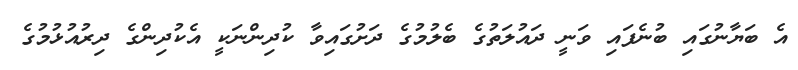
އެ ބަޔާނުގައި ބުނެފައި ވަނީ ދައުލަތުގެ ބެލުމުގެ ދަށުގައިވާ ކުދިންނަކީ އެކުދިންގެ ދިރުއުޅުމުގެ